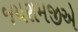
જયરામજીએ